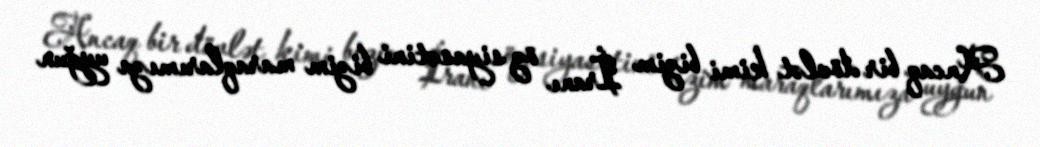
Ancaq bir dövlət kimi bizim İranı öz siyasətini bizim maraqlarımıza uyğun